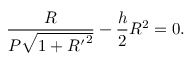
\frac { R } { P \sqrt { 1 + { R ^ { \prime } } ^ { 2 } } } - \frac { h } { 2 } R ^ { 2 } = 0 .